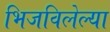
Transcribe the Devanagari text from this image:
भिजविलेल्या